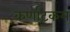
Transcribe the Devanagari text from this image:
कर्णाटकम्